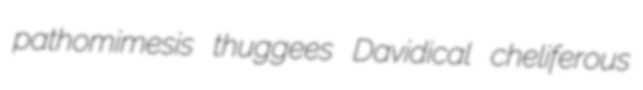
pathomimesis thuggees Davidical cheliferous